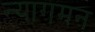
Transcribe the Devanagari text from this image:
न्यागमन